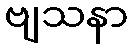
ဗျသနာ